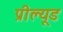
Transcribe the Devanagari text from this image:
प्रील्यूड